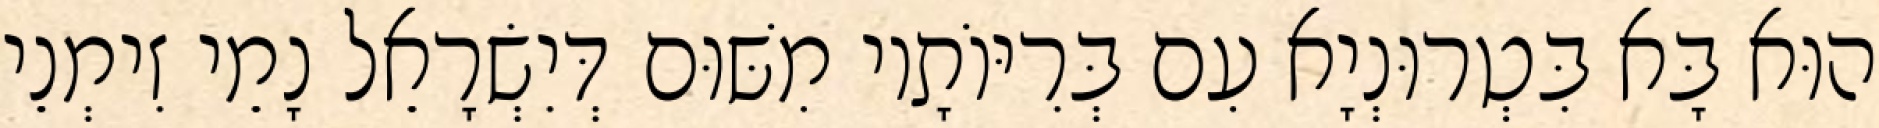
הוּא בָּא בִּטְרוּנְיָא עִם בְּרִיּוֹתָיו מִשּׁוּם דְּיִשְׂרָאֵל נָמֵי זִימְנֵי